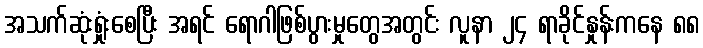
အသက်ဆုံးရှုံးစေပြီး အရင် ရောဂါဖြစ်ပွားမှုတွေအတွင်း လူနာ ၂၄ ရာခိုင်နှုန်းကနေ ၈၈